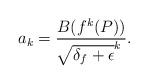
LaTeX: \begin{align*}a_{k}=\frac{B(f^{k}(P))}{\sqrt[]{\delta_{f}+\epsilon}^{k}}.\end{align*}